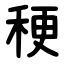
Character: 稉